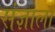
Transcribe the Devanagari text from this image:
संज्ञाला